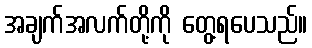
အချက်အလက်တို့ကို တွေ့ရပေသည်။